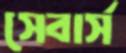
সেবার্স